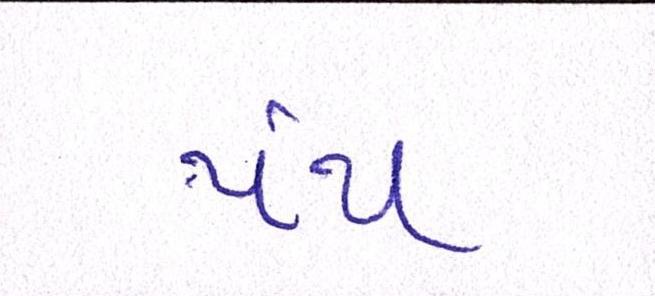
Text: પંથ